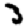
Digit: 3